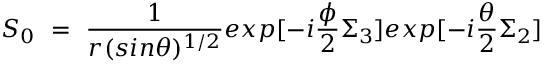
S _ { 0 } ~ = ~ \frac { 1 } { r ( s i n \theta ) ^ { 1 / 2 } } e x p [ - i \frac { \phi } { 2 } \Sigma _ { 3 } ] e x p [ - i \frac { \theta } { 2 } \Sigma _ { 2 } ]